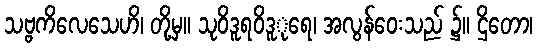
သဗ္ဗကိလေသေဟိ၊ တို့မှ။ သုဝိဒူရဝိဒူုရေ၊ အလွန်ဝေးသည် ၌။ ဌိတော၊